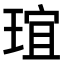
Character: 𤦌